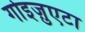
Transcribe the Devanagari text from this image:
गोइज़ुएटा